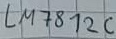
Text: LM812C